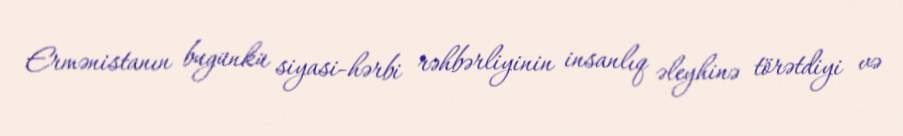
Ermənistanın bugünkü siyasi-hərbi rəhbərliyinin insanlıq əleyhinə törətdiyi və